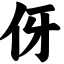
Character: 伢